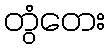
တွံတေး